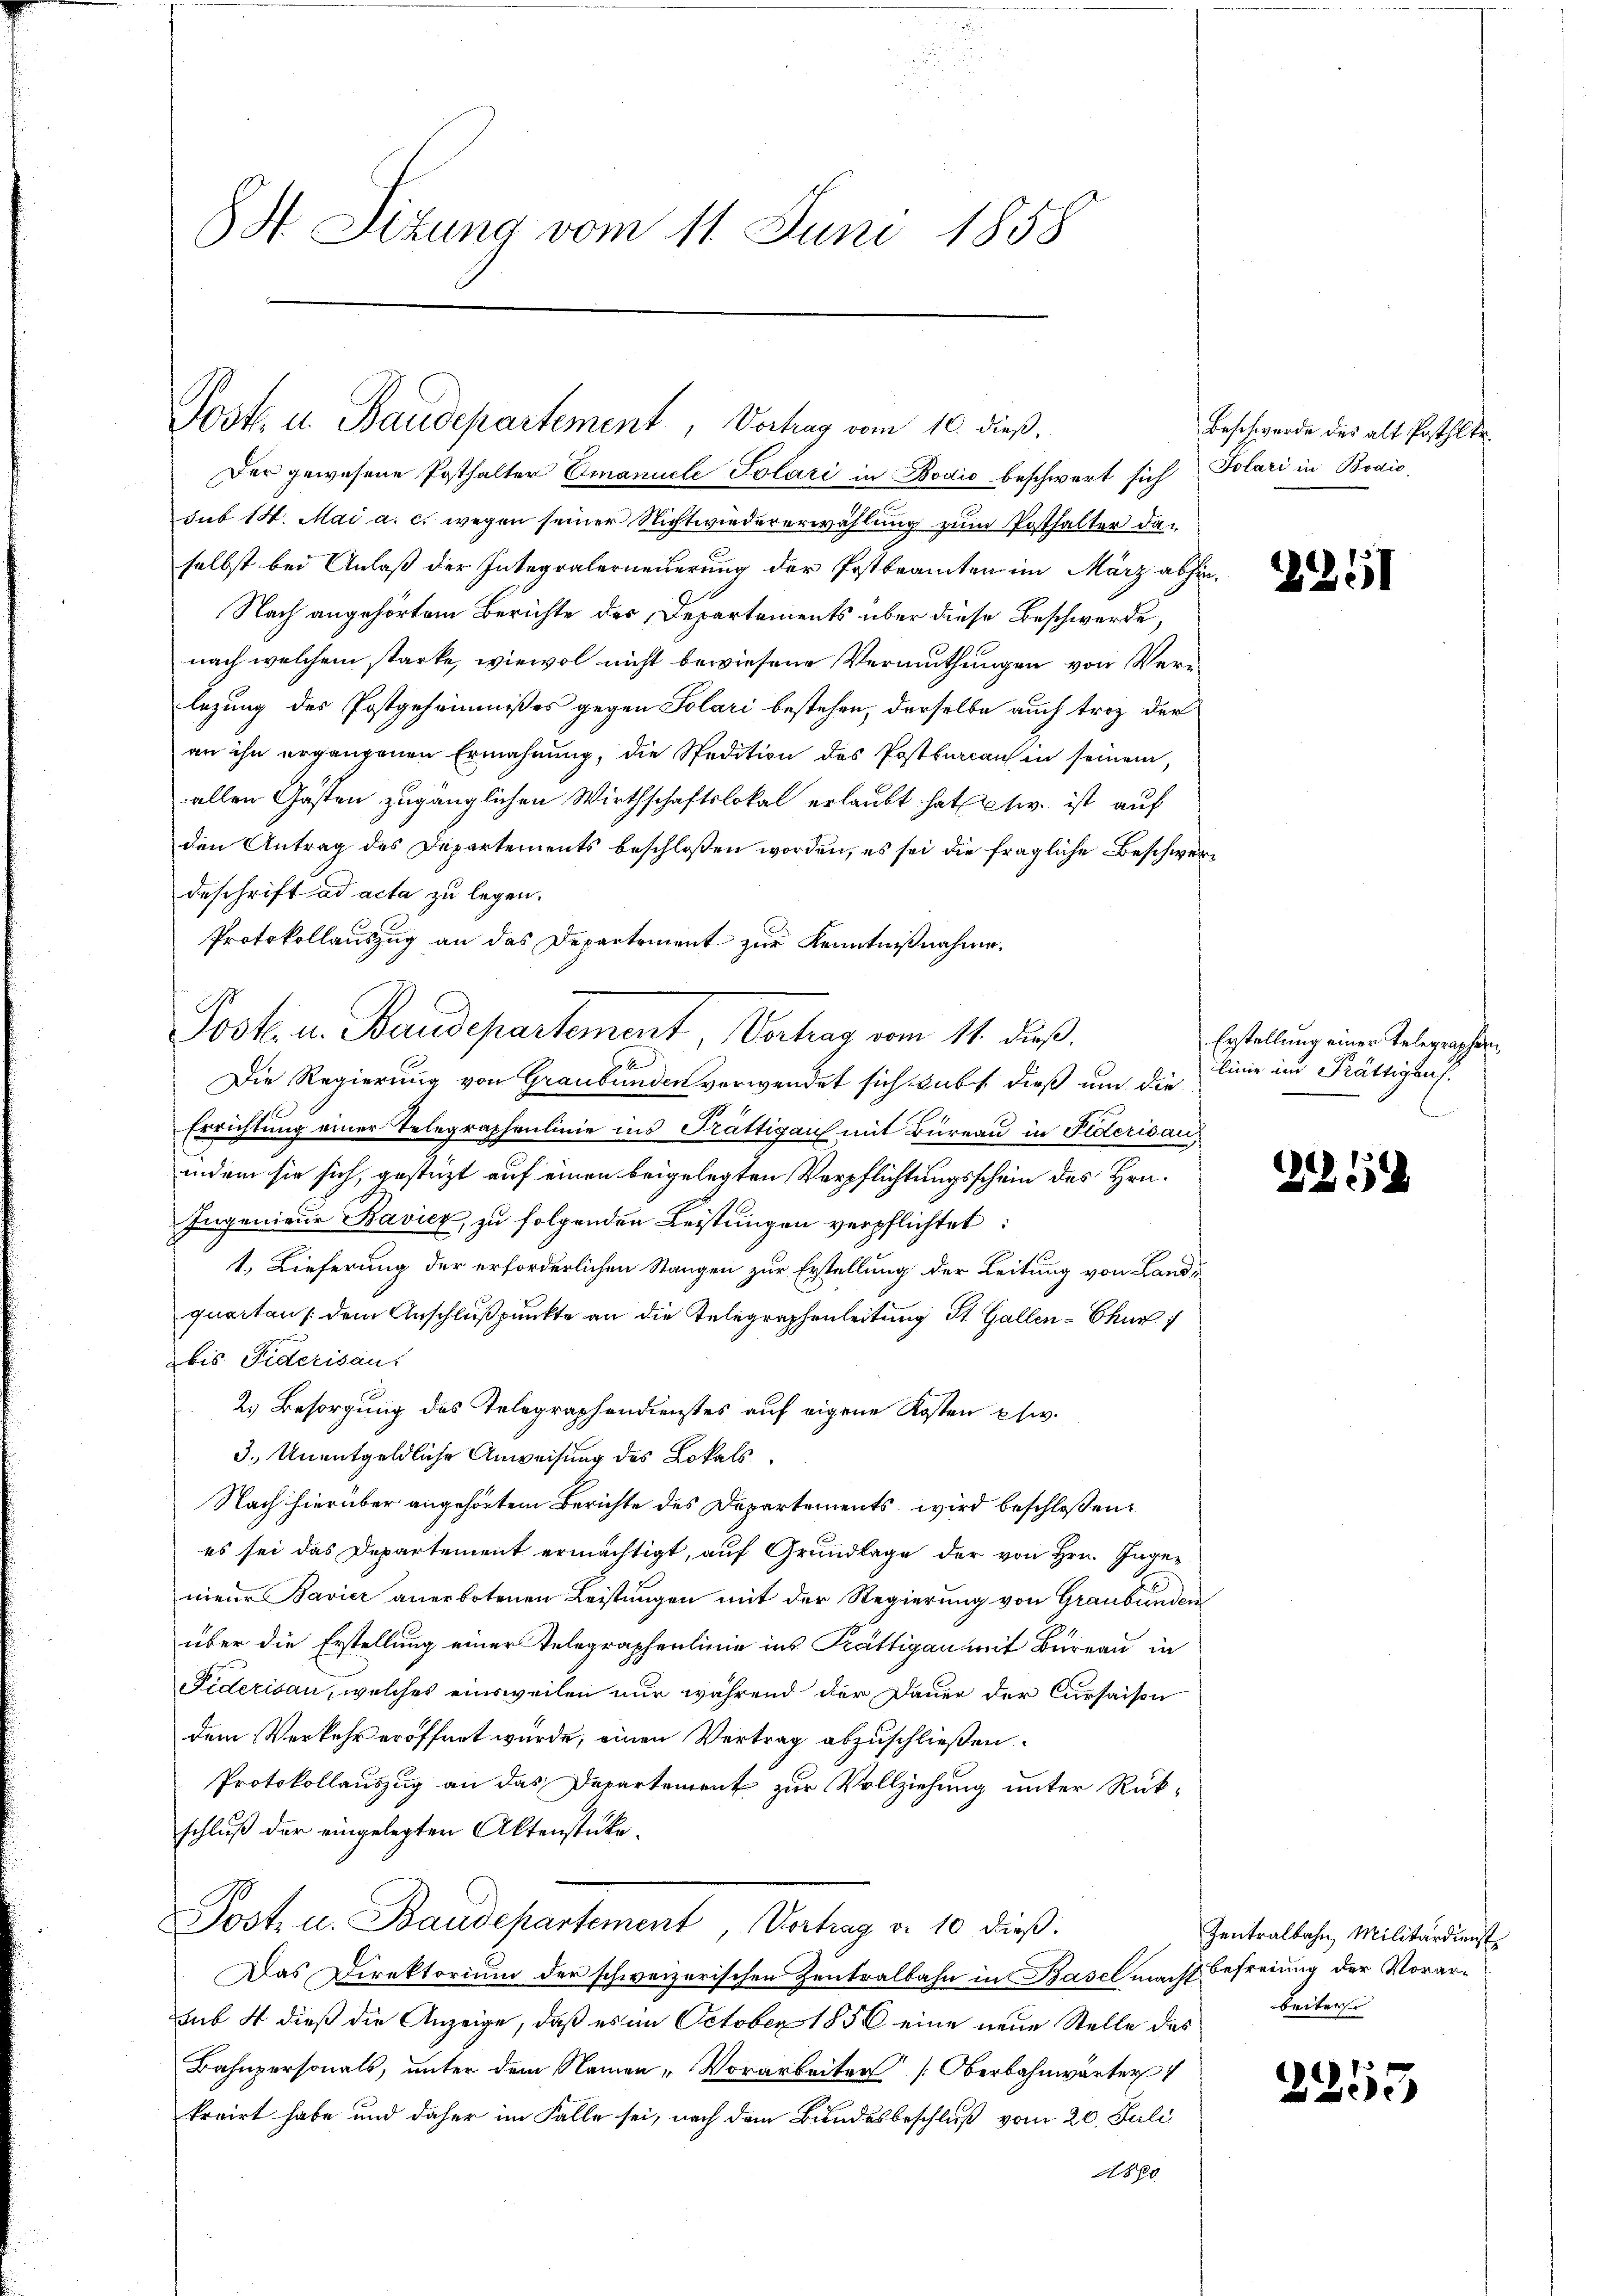
84. Sizung vom 11. Juni 1858

Post u. Baudepartement, Vertrag vom 10. dieß.

Der gewesene Posthalter Emanuele Polari in Bodić beschwert sich Polari in Bodić,
sub 14. Mai a. c. wegen seiner Nichtwiedererwählung zum Posthalter daselbst bei Anlaß der Integralerneuerung der Postbeamten im März abhin¬
Nach angehörtem Berichte des Departements über diese Beschwerde,
nach welchem starke, wiewol nicht bewiesene Vermuthungen von Verlegung des Postgeheimnißes gegen Solari bestehen, derselbe auch troz der
an ihn ergangenen Ermahnung, die Spedition des Postbureau in seinem,
allen Gästen zugänglichen Wirthschaftslokal erlaubt hat etw. ist auf
den Antrag des Departements beschloßen worden, es sei die fragliche Beschwerdeschrift ad acta zu legen.
Protokollauszug an das Departement zur Kenntnißnahme.
Jook u. Baudepartement, Verhag vom 14. dieß.
Die Regierung von Graubünden verwendet sich dass dieß um die
Errichtung einer Telegraphenlinie ins Prättigau mit Büreau in Fiderisau
indem sie sich, gestützt auf einen beigelegten Verpflichtungsschein des Hrn.
Ingenieue Bavicz, zu folgenden Leistungen verpflichtet:
1., Lieferung der erforderlichen Stangen zur Erstellung der Leitung von Landquartan / dem Anschlußpunkte an die Telegraphenleitung St. Gallen-Chur
bis Fiderisau.
2. Besorgung des Telegraphendienstes auf eigene Kosten psw.
3.) Unentgeldliche Anweisung des Lokals
Nach hierüber angehörtem Berichte des Departements wird beschloßen,
es sei das Departement ermächtigt, auf Grundlage der von Hrn. Ingenieur Bavier anerbotenen Leistungen mit der Regierung von Graubünden
über die Erstellung einer Telegraphenlinie ins Prättigau mit Bureau in
Fiderisau, welches einsweilen nur während der Dauer der Cursaison
dem Verkehr eröffnet wurde, einen Vertrag abzuschließen.
Protokollauszug an das Departement zur Vollziehung unter Rükschluß der eingelegten Aktenstüke¬
Post- u. Baudepartement, Vortrag d. 10 dieβ.
Das Direktorium der schweizerischen Zentralbahn in Basel macht befreiung der Vorarsub. 4 dieß die Anzeige, daß es im October 1856 eine neue Stelle des
Bahnpersonals, unter dem Namen-Vorarbeiten [Oberbahnwärter 1
kruirt habe und daher im Falle sei, nach dem Bundesbeschluß vom 20. Juli
1880

Beschwerde des alt Pathlte.

2251

Erstellung einer Telegraphen
linie im Prättigens.

225.

2253

Zentralbahn, Militärdienst
beiters